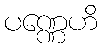
ပဏ္ဏေဟိ